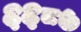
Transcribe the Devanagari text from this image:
६६८७